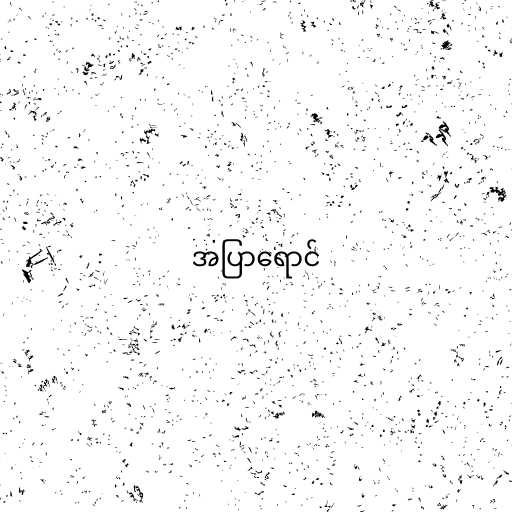
အပြာရောင်